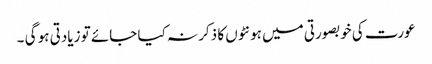
عورت کی خوبصورتی میں ہونٹوں کا ذکر نہ کیا جائے تو زیادتی ہو گی ۔